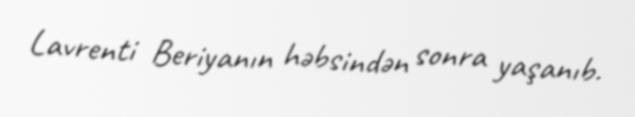
Lavrenti Beriyanın həbsindən sonra yaşanıb.